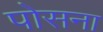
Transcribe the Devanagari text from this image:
पोसना